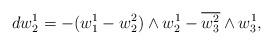
LaTeX: \begin{align*}dw_2^1=-(w_1^1-w_2^2)\wedge w_2^1-\overline{w_3^2}\wedge w_3^1,\end{align*}